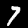
Digit: 7